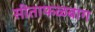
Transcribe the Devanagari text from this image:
सीताफळबाग